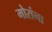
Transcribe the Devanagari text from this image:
मोरांना